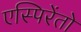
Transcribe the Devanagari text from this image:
एस्पिरेंतो